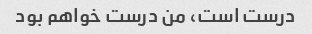
درست است، من درست خواهم بود